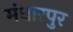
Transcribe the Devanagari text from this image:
मंधारपुर